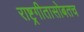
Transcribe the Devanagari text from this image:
राष्ट्रगीतासोबतच